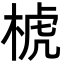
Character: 椃